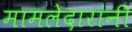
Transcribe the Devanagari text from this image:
मामलेदारांनी